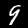
Label: 9